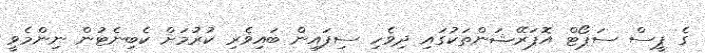
ގެ ޕީސް ސަޕޯޓް އޮޕަރޭޝަންތަކުގައި ދިވެހި ސިފައިން ބައިވެރި ކުރުމަށް ކެބިނެޓުން ނިންމެވީ